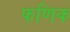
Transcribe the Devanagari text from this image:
फणिक